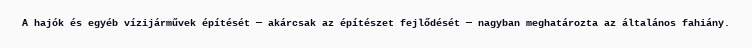
A hajók és egyéb vízijárművek építését — akárcsak az építészet fejlődését — nagyban meghatározta az általános fahiány.